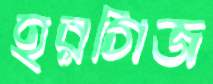
হরগিজ